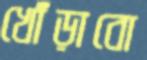
খোঁড়াবো